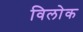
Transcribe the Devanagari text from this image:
विलोक